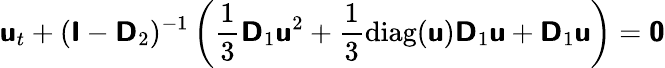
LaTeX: \mathbf{\boldsymbol{\mathsf{u}}}_{t}+(\mathbf{\boldsymbol{\mathsf{I}}}-\mathbf{\boldsymbol{\mathsf{D}}}_{2})^{-1}\left(\frac{1}{3}\mathbf{\boldsymbol{\mathsf{D}}}_{1}\mathbf{\boldsymbol{\mathsf{u}}}^{2}+\frac{1}{3}\mathrm{diag}(\mathbf{\boldsymbol{\mathsf{u}}})\mathbf{\boldsymbol{\mathsf{D}}}_{1}\mathbf{\boldsymbol{\mathsf{u}}}+\mathbf{\boldsymbol{\mathsf{D}}}_{1}\mathbf{\boldsymbol{\mathsf{u}}}\right)=\mathbf{\boldsymbol{\mathsf{0}}}